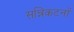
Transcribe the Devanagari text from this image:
सन्निकटनों